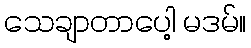
သေချာတာပေါ့ မဒမ်။